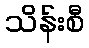
သိန်းစီ